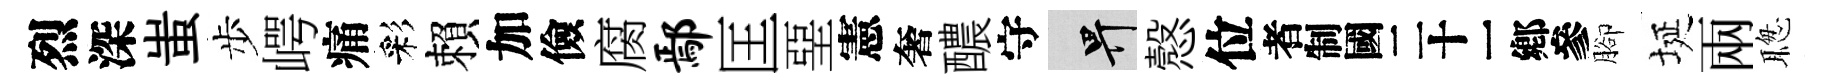
烈深蚩步崿痛彩賴加儉腐鄢匡堊憲奢醲守畀慤位识腳埏兩聦